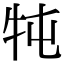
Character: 𤘫